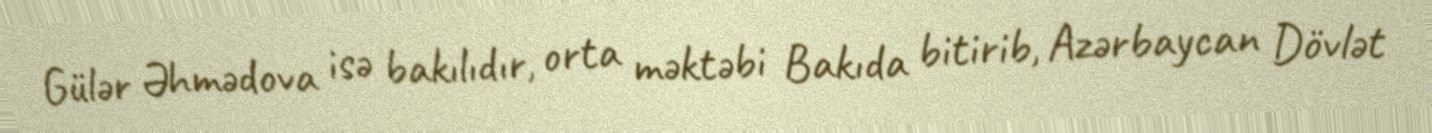
Gülər Əhmədova isə bakılıdır, orta məktəbi Bakıda bitirib, Azərbaycan Dövlət